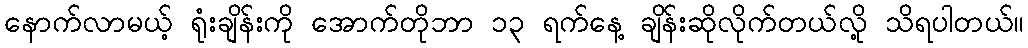
နောက်လာမယ့် ရုံးချိန်းကို အောက်တိုဘာ ၁၃ ရက်နေ့ ချိန်းဆိုလိုက်တယ်လို့ သိရပါတယ်။